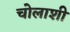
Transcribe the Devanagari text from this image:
चोलाशी